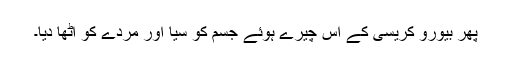
پھر بیورو کریسی کے اس چیرے ہوئے جسم کو سیا اور مردے کو اٹھا دیا۔